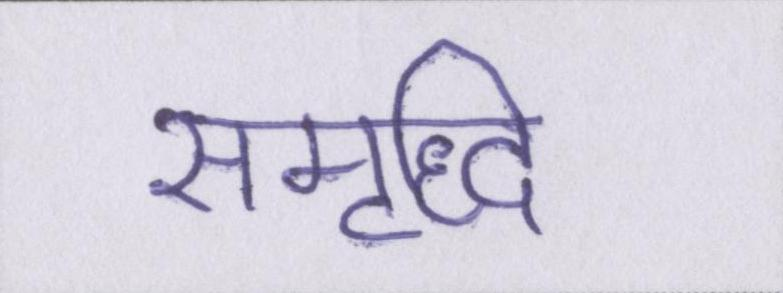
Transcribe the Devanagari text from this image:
समृध्दि